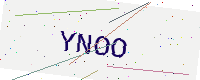
Text: YNOO